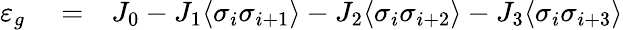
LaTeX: \begin{array}{rlr}{\varepsilon_{g}}&{{}=}&{J_{0}-J_{1}\langle\sigma_{i}\sigma_{i+1}\rangle-J_{2}\langle\sigma_{i}\sigma_{i+2}\rangle-J_{3}\langle\sigma_{i}\sigma_{i+3}\rangle}\end{array}